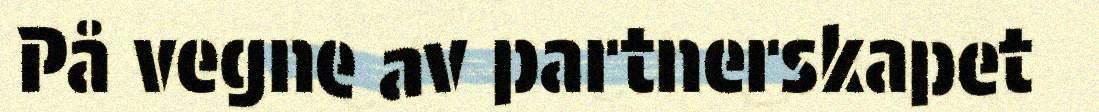
På vegne av partnerskapet